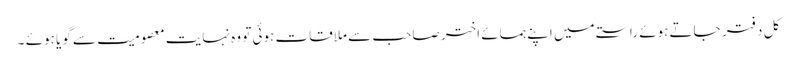
کل دفتر جاتے ہوئے راستے میں اپنے ہمسائے اختر صاحب سے ملاقات ہوئی تو وہ نہایت معصومیت سے گویا ہوئے ۔